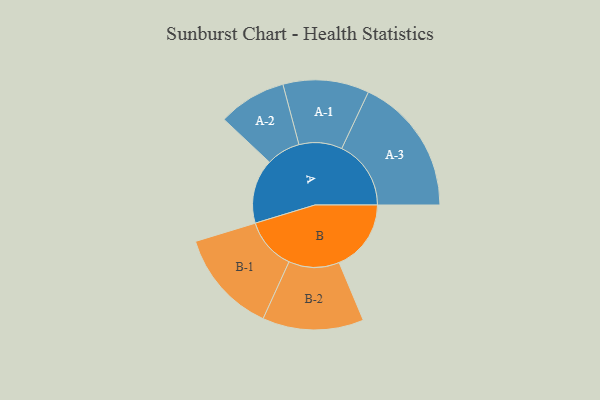
{"axis": {"x": "Segment", "y": "Value"}, "legend": ["", "A", "B"], "data": [{"x": "A", "y": 238, "type": ""}, {"x": "B", "y": 266, "type": ""}, {"x": "A-1", "y": 159, "type": "A"}, {"x": "A-2", "y": 126, "type": "A"}, {"x": "A-3", "y": 256, "type": "A"}, {"x": "B-1", "y": 192, "type": "B"}, {"x": "B-2", "y": 187, "type": "B"}]}